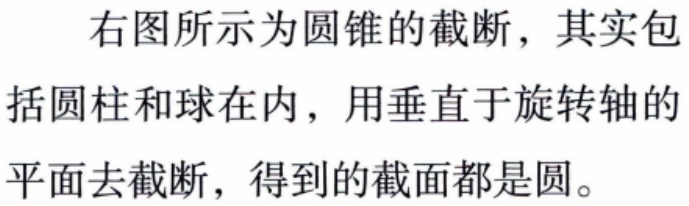
右图所示为圆锥的截断，其实包括圆柱和球在内，用垂直于旋转轴的平面去截断，得到的截面都是圆。